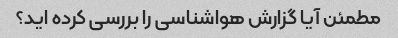
مطمئن آیا گزارش هواشناسی را بررسی کرده اید؟